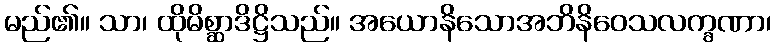
မည်၏။ သာ၊ ထိုမိစ္ဆာဒိဋ္ဌိသည်။ အယောနိသောအဘိနိဝေသလက္ခဏာ၊